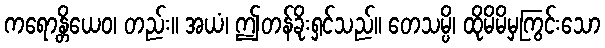
ကရောန္တိယေဝ၊ တည်း။ အယံ၊ ဤတန်ခိုးရှင်သည်။ တေသမ္ပိ၊ ထိုမိမိမှကြွင်းသော